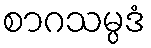
စာဂသမ္ပဒံ